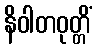
နိဝါတဝုတ္တိံ